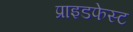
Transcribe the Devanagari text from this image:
प्राइडफेस्ट